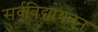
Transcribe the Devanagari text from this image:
सर्वविद्यायतन